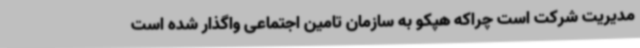
مدیریت شرکت است چراکه هپکو به سازمان تامین اجتماعی واگذار شده است